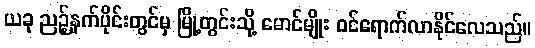
ယခု ညဉ့်နက်ပိုင်းတွင်မှ မြို့တွင်းသို့ မောင်မျိုး ဝင်ရောက်လာနိုင်လေသည်။